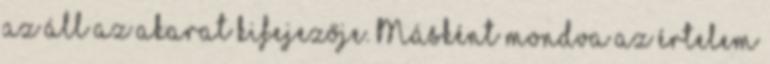
az áll az akarat kifejezője. Másként mondva az értelem